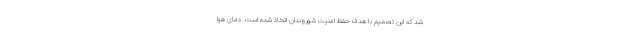
شد که این تصمیم با هدف حفظ امنیت شهروندان اتخاذ شده است. دمای هوا